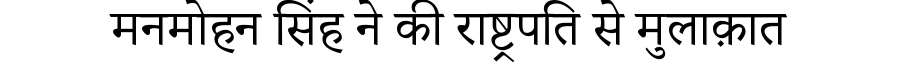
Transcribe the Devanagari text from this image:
मनमोहन सिंह ने की राष्ट्रपति से मुलाक़ात